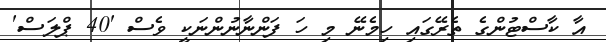
އާ ކާސްޓުންގެ ތެރޭގައި ހިމެނޭ މި ހަ ފަންނާނުންނަކީ ވެސް '40 ޕްލަސް'